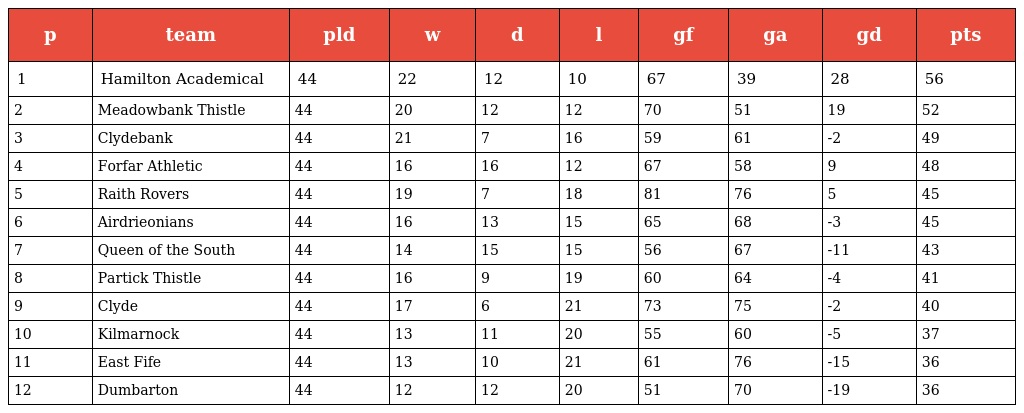
| p | team | pld | w | d | l | gf | ga | gd | pts |
 | --- | --- | --- | --- | --- | --- | --- | --- | --- | --- |
 | 1 | Hamilton Academical | 44 | 22 | 12 | 10 | 67 | 39 | 28 | 56 |
 | 2 | Meadowbank Thistle | 44 | 20 | 12 | 12 | 70 | 51 | 19 | 52 |
 | 3 | Clydebank | 44 | 21 | 7 | 16 | 59 | 61 | -2 | 49 |
 | 4 | Forfar Athletic | 44 | 16 | 16 | 12 | 67 | 58 | 9 | 48 |
 | 5 | Raith Rovers | 44 | 19 | 7 | 18 | 81 | 76 | 5 | 45 |
 | 6 | Airdrieonians | 44 | 16 | 13 | 15 | 65 | 68 | -3 | 45 |
 | 7 | Queen of the South | 44 | 14 | 15 | 15 | 56 | 67 | -11 | 43 |
 | 8 | Partick Thistle | 44 | 16 | 9 | 19 | 60 | 64 | -4 | 41 |
 | 9 | Clyde | 44 | 17 | 6 | 21 | 73 | 75 | -2 | 40 |
 | 10 | Kilmarnock | 44 | 13 | 11 | 20 | 55 | 60 | -5 | 37 |
 | 11 | East Fife | 44 | 13 | 10 | 21 | 61 | 76 | -15 | 36 |
 | 12 | Dumbarton | 44 | 12 | 12 | 20 | 51 | 70 | -19 | 36 |